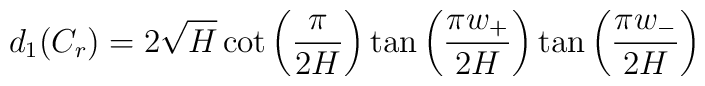
d_{1}(C_{r})=2\sqrt{H}\cot \left( \frac{\pi }{2H}\right)\tan \left( \frac{\pi w_{+}}{2H}\right)\tan \left( \frac{\pi w_{-}}{2H}\right)